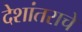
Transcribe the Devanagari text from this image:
देशांतराचे